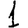
Digit: 1